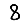
Digit: 8